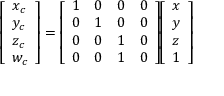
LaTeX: { \left[ \begin{array} { l } { x _ { c } } \\ { y _ { c } } \\ { z _ { c } } \\ { w _ { c } } \end{array} \right] } = { \left[ \begin{array} { l l l l } { 1 } & { 0 } & { 0 } & { 0 } \\ { 0 } & { 1 } & { 0 } & { 0 } \\ { 0 } & { 0 } & { 1 } & { 0 } \\ { 0 } & { 0 } & { 1 } & { 0 } \end{array} \right] } { \left[ \begin{array} { l } { x } \\ { y } \\ { z } \\ { 1 } \end{array} \right] }